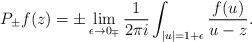
LaTeX: \begin{align*} P_\pm f(z)=\pm \lim_{\epsilon\to 0_\mp}\frac 1{2\pi i} \int_{|u|=1+ \epsilon} \frac{f(u)}{u-z} . \end{align*}